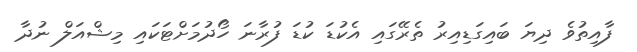
ފާއިތުވެ ދިޔަ ބައިގަޑިއިރު ތެރޭގައި އެކުޑަ ކުޑަ ފުރާނަ ހޯދުމަށްޓަކައި މިޝްއަލް ނުދާ